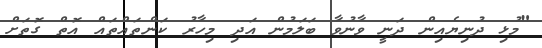
"މުޅި ދުނިޔެއިން ދަނީ ވާނުވާ ބަލަމުން އަދި މިހާރު ކަންތައްތައް އޮތް ގޮތަށް